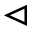
\vartriangleleft